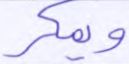
ويمكر